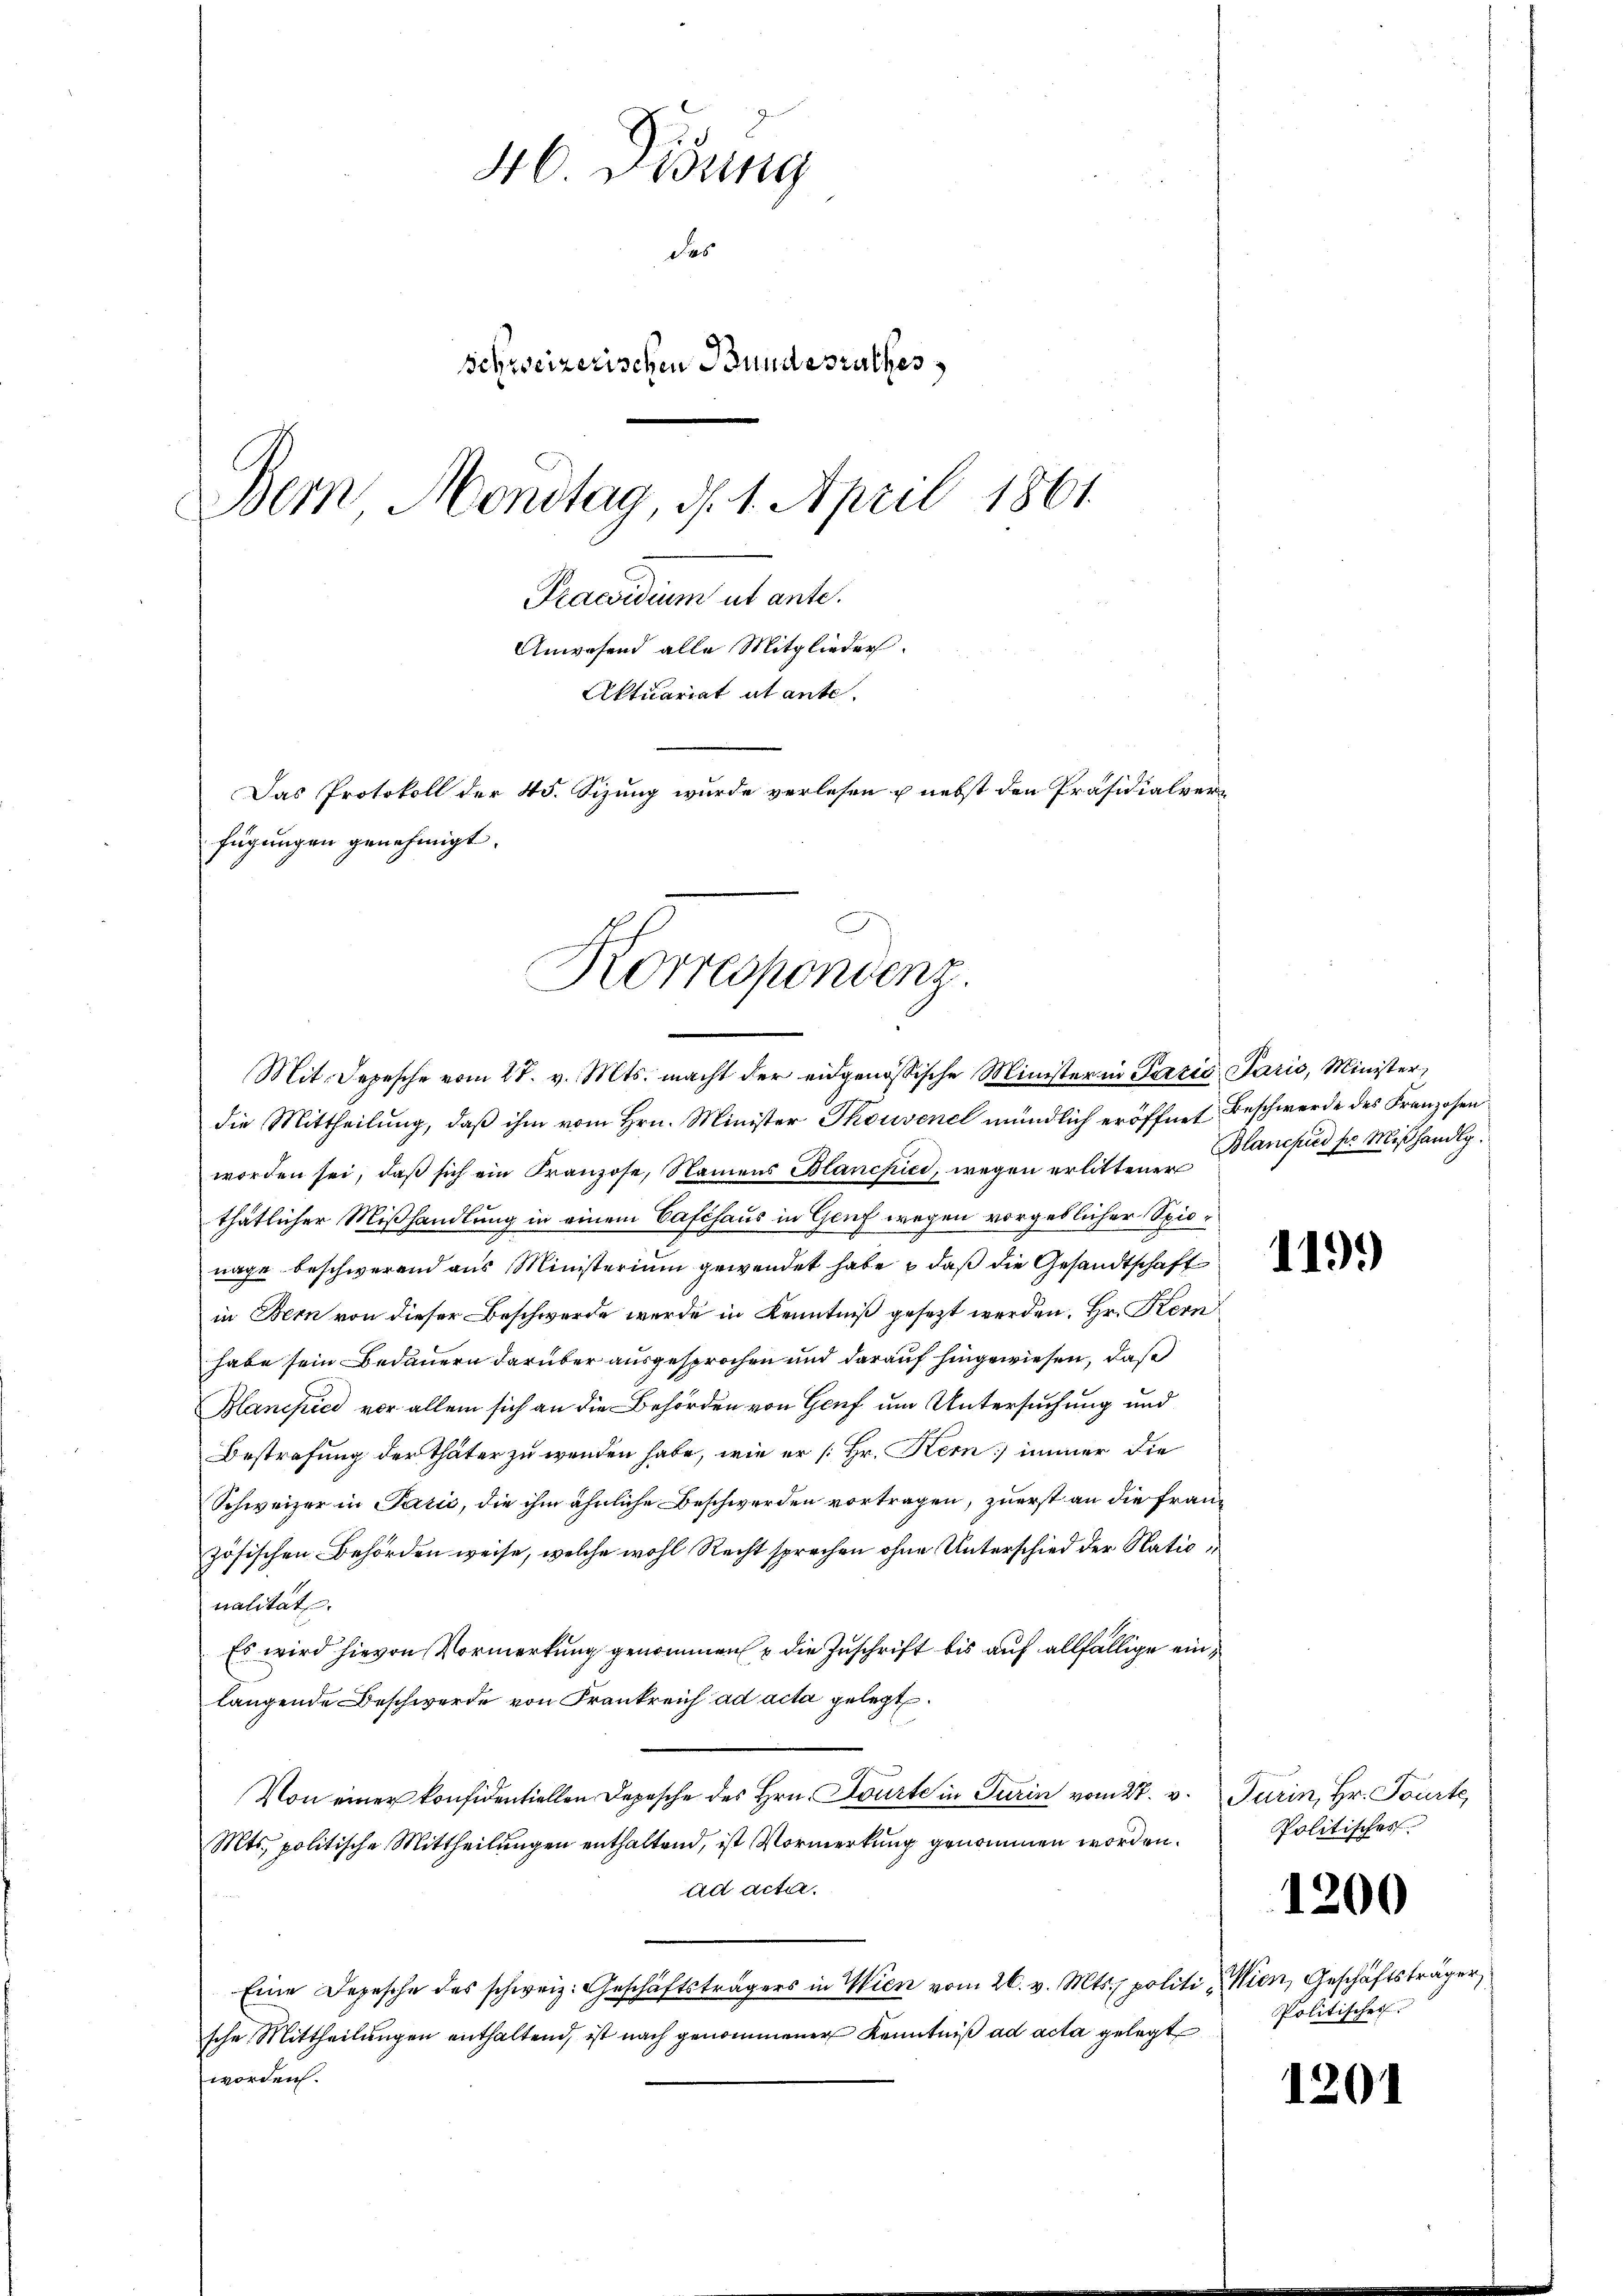
46. Disung
des
Schweizerischen Bundesrathes
Bern Montag, d. 1. April 1861.
Praesidium ut ante.
Anwesend alle Mitglieder.
Aktuariat atante.
Das Protokoll der 45. Sizung wurde verlesen u. nebst den Präsidialverfügungen genehmigt.

Korrespondenz.
Mit. Depesche vom 27. v. Mts. macht der eidgenössische Minister in Paris Paris, Minister,

die Mittheilung, daß ihm vom Hrn. Minister Thouvenel mündlich eröffnet Beschwerde des Franzosenworden sei, daß sich ein Franzose, Namens Blancpici, wegen erlittener Blanchis ser Mißhandlg.
thätlicher Mißhandlung in einem Caféhaus in Genf wegen vorgeblicher Spienage beschwerend aus Ministerium gewendet habe & daß die Gesandtschaft
in Bern von dieser Beschwerde wurde in Kenntniß gesetzt werden. Hr. Kern
habe sein Bedauern darüber ausgesprochen und darauf hingewiesen, daß
Blancpice vor allem sich an die Behörden von Genf um Untersuchung und
Bestrafung der Thäter zu wenden habe, wie er [Hr. Kem] immer die
Schweizer in Paris, die ihm ähnliche Beschwerden vortragen, zuerst an die Frauzösischen Behörden weise, welche wohl Recht sprechen ohne Unterschied der Nationalität.
Es wird hievon Vormerkung genommen u die Zuschrift bis auf allfällige einlangende Beschwerde von Frankreich ad acta gelegt.
Von einer konfidentiellen Depesche des Hrn. Courte in Turin vom 28. v.  Turin, Hr. Tourte
Mts. politische Mittheilungen enthaltend, ist Vormerkung genommen worden.
ad acter.
Eine Depesche des schweiz. Geschäftsträgers in Wien vom 26. v. Mts. politi Wien, Geschäftsträger
sche Mittheilŭngen enthaltend, ist nach genommener Kenntniß ad acta gelegt
worden.

119.

Politisches.

1200

Politisches

1201